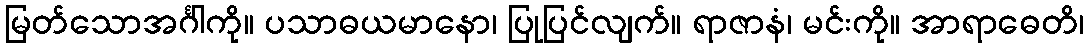
မြတ်သောအင်္ဂါကို။ ပသာဓယမာနော၊ ပြုပြင်လျက်။ ရာဇာနံ၊ မင်းကို။ အာရာဓေတိ၊